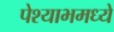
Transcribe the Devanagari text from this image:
पेश्याभमध्ये